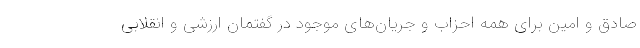
صادق و امین برای همه احزاب و جریان‌های موجود در گفتمان ارزشی و انقلابی